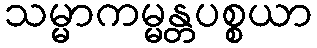
သမ္မာကမ္မန္တပစ္စယာ